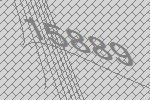
15889